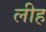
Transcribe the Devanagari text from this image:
लीह